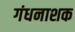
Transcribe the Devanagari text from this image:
गंधनाशक